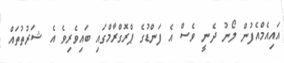
އައިއެމްއެފުން ލޯނު ދެނީ ވެސް އެ ފަންޑުގެ ޕްރޮގްރާމްގައި ބައިވެރިވެ އެ ޝަރުތުތައް